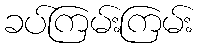
ခပ်ကြမ်းကြမ်း